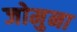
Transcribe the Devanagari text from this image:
जोमुना